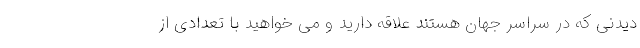
دیدنی که در سراسر جهان هستند علاقه دارید و می خواهید با تعدادی از